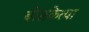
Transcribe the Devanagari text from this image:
बोसकेत्या